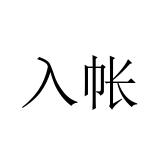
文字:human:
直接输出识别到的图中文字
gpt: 入帐